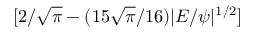
[ 2 / \sqrt { \pi } - ( 1 5 \sqrt { \pi } / 1 6 ) | { \cal E } / \psi | ^ { 1 / 2 } ]